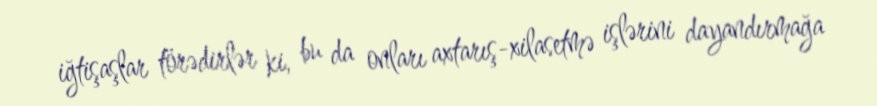
iğtişaşlar törədirlər ki, bu da onları axtarış-xilasetmə işlərini dayandırmağa